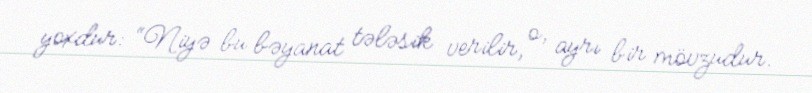
yoxdur: “Niyə bu bəyanat tələsik verilir, o, ayrı bir mövzudur.